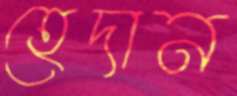
হেদান